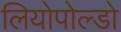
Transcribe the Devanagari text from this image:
लियोपोल्डो